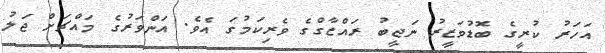
އަހަރު ކުރީގެ ބޮޑުވަޒީރު ނަޖީބު ރައްޒާގްގެ ވެރިކަމުގަ އެވެ. އަންވަރުގެ މައްޗަށް ޖަލު